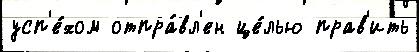
усп'е́хом отпра́вл'ен це́лью прав'ить